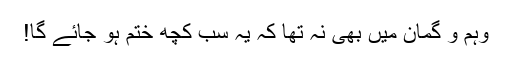
وہم و گمان میں بھی نہ تھا کہ یہ سب کچھ ختم ہو جائے گا!